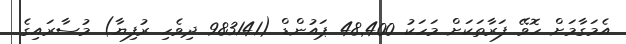
އެމަގާމަށް ހޮވޭ ފަރާތަކަށް މަހަކު 48